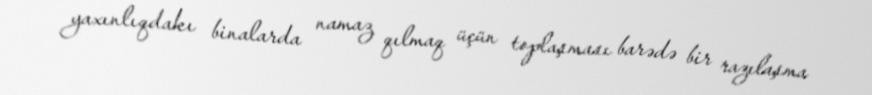
yaxınlıqdakı binalarda namaz qılmaq üçün toplaşması barədə bir razılaşma